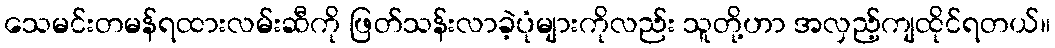
သေမင်းတမန်ရထားလမ်းဆီကို ဖြတ်သန်းလာခဲ့ပုံများကိုလည်း သူတို့ဟာ အလှည့်ကျထိုင်ရတယ်။